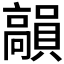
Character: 𩫣